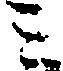
ミ